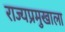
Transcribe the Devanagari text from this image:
राज्यप्रमुखाला